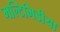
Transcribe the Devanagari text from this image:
मल्टिमिडीया